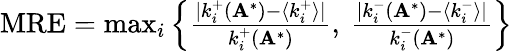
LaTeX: \begin{array}{r}{\mathrm{MRE}=\operatorname*{max}_{i}\left\{ \frac{|k_{i}^{+}(\mathbf A^{*})-\langle k_{i}^{+}\rangle|}{k_{i}^{+}(\mathbf A^{*})},\: \frac{|k_{i}^{-}(\mathbf A^{*})-\langle k_{i}^{-}\rangle|}{k_{i}^{-}(\mathbf A^{*})}\right\} }\end{array}